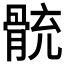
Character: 𩩁